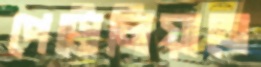
পেট্রোলিয়ামে